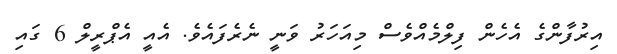
އިރުފާންގެ އެހެން ފިލްމެއްވެސް މިއަހަރު ވަނީ ނެރެފައެވެ. އެއީ އެޕްރީލް 6 ގައި